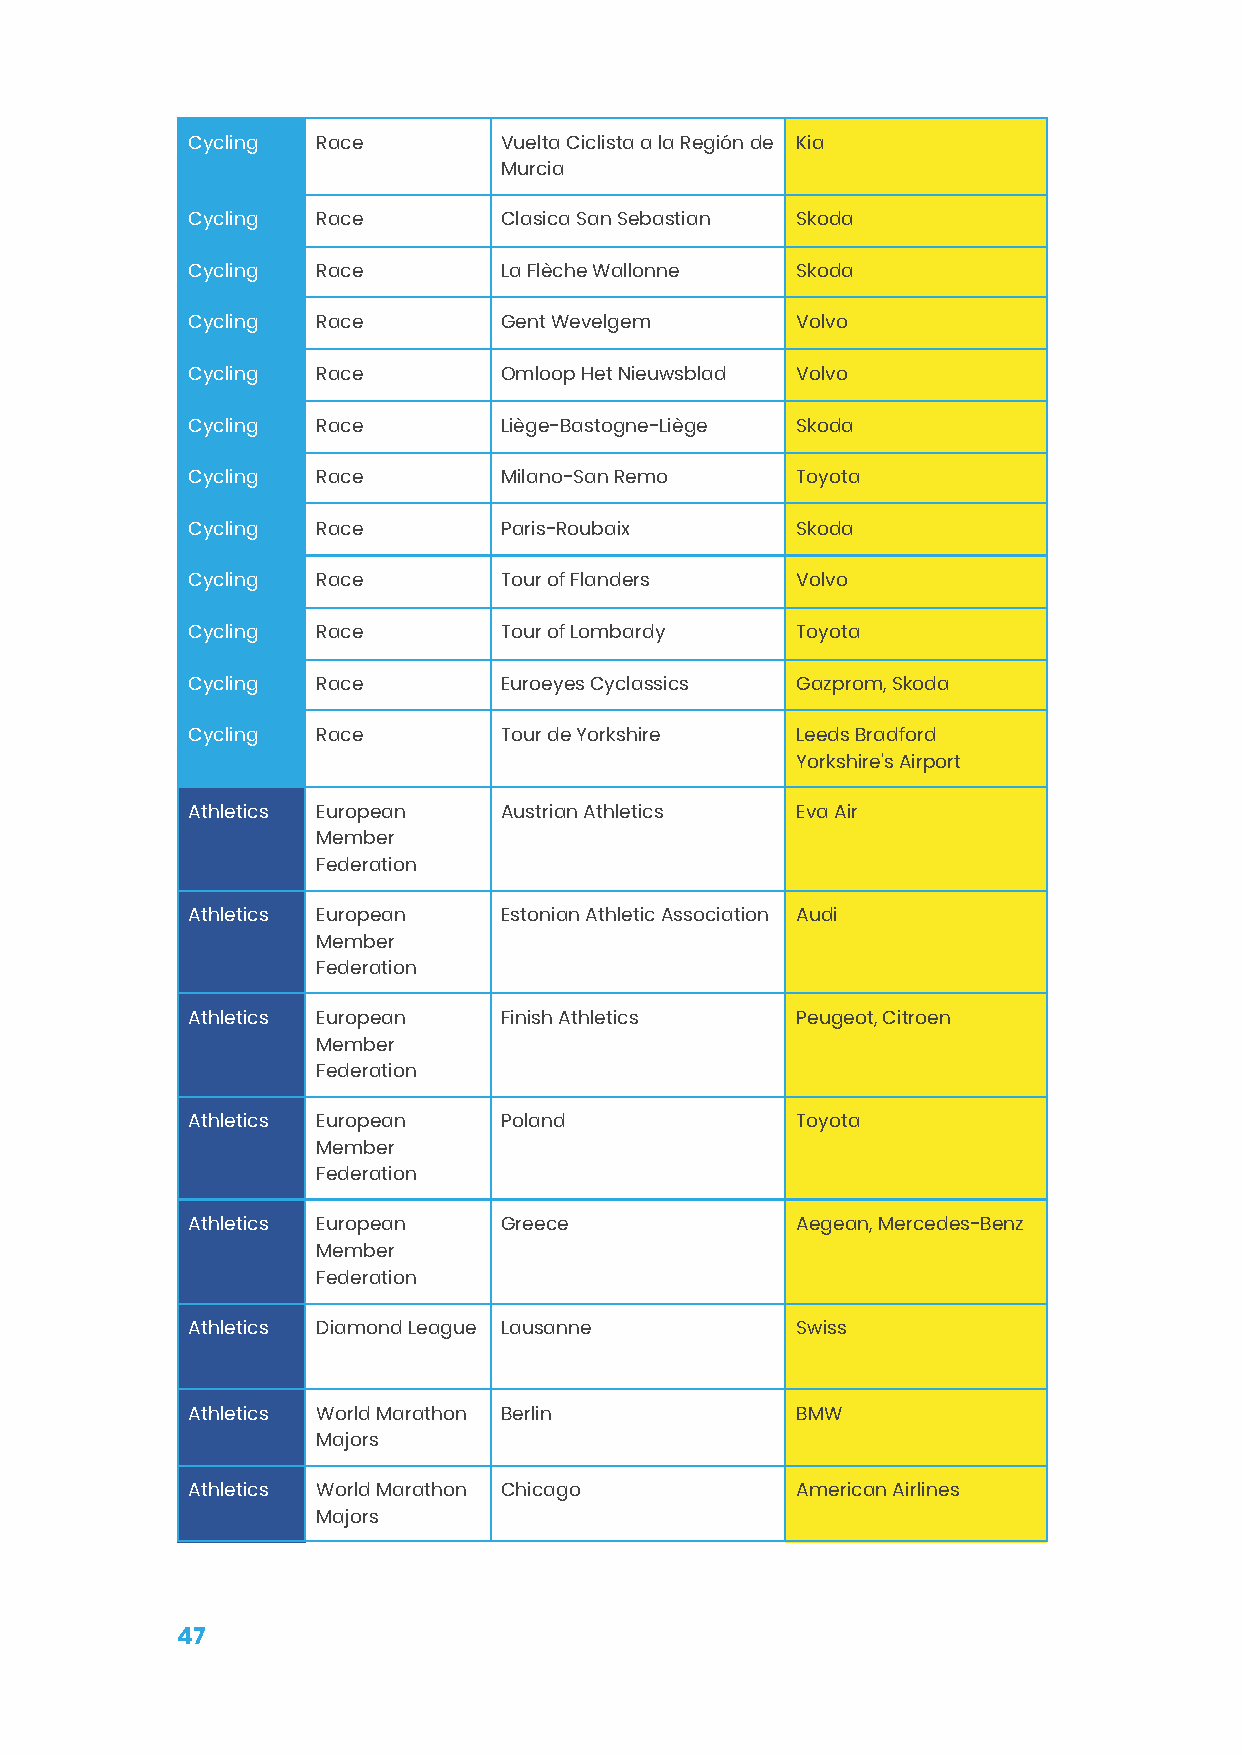
Cycling  Race        Vuelta Ciclista a la Región de Kia
 Murcia
 Cycling  Race        Clasica San Sebastian Skoda
 Cycling  Race        La Flèche Wallonne  Skoda
 Cycling  Race        Gent Wevelgem       Volvo
 Cycling  Race        Omloop Het Nieuwsblad Volvo
 Cycling  Race        Liège-Bastogne-Liège Skoda
 Cycling  Race        Milano-San Remo     Toyota
 Cycling  Race        Paris-Roubaix       Skoda
 Cycling  Race        Tour of Flanders    Volvo
 Cycling  Race        Tour of Lombardy    Toyota
 Cycling  Race        Euroeyes Cyclassics Gazprom, Skoda
 Cycling  Race        Tour de Yorkshire   Leeds Bradford
 Yorkshire's Airport
 Athletics European   Austrian Athletics  Eva Air
 Member
 Federation
 Athletics European   Estonian Athletic Association Audi
 Member
 Federation
 Athletics European   Finish Athletics    Peugeot, Citroen
 Member
 Federation
 Athletics European   Poland              Toyota
 Member
 Federation
 Athletics European   Greece              Aegean, Mercedes-Benz
 Member
 Federation
 Athletics Diamond League Lausanne        Swiss
 Athletics World Marathon Berlin          BMW
 Majors
 Athletics World Marathon Chicago         American Airlines
 Majors
 47